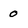
Character: 0